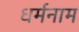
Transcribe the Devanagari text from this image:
धर्मनाम